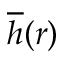
\overline { { h } } ( r )